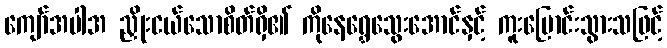
ကျော်အပါအ ညှိုးငယ်သောစိတ်ရှိ၏ ကိုနေရွှေသွေးအောင်နှင့် ကူးပြောင်းသွားသဖြင့်